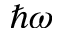
\hbar \omega